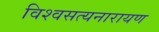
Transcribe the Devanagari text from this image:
विश्वसत्यनारायण